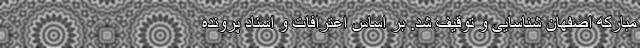
مبارکه اصفهان شناسایی و توقیف شد. بر اساس اعترافات و اسناد پرونده